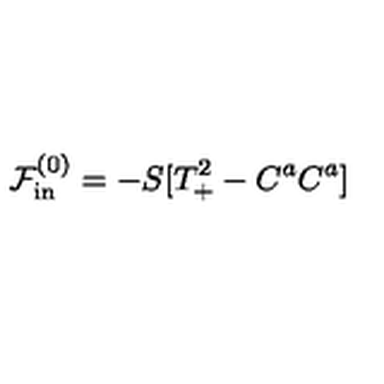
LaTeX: \mathcal { F } _ { \mathrm { i n } } ^ { ( 0 ) } = - S [ T _ { + } ^ { 2 } - C ^ { a } C ^ { a } ]